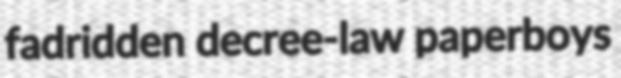
fadridden decree-law paperboys